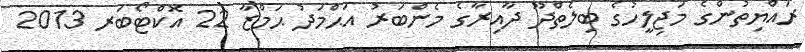
ރައްޔިތުންގެ މަޖިލީހުގެ ބިލެތްދޫ ދާއިރާގެ މެންބަރު އަޙްމަދު ޙަމްޒާ 22 އޮކްޓޯބަރ 2013